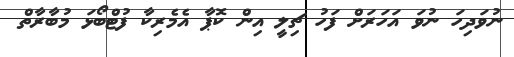
ނުވަދިހަ ނުވަ އަހަރަށް ފަހު ޗިލީ އިން ކޮޕާ އެމެރިކާ ފުޓްބޯޅަ މުބާރާތް